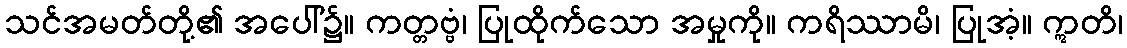
သင်အမတ်တို့၏ အပေါ်၌။ ကတ္တဗ္ဗံ၊ ပြုထိုက်သော အမှုကို။ ကရိဿာမိ၊ ပြုအံ့။ ဣတိ၊